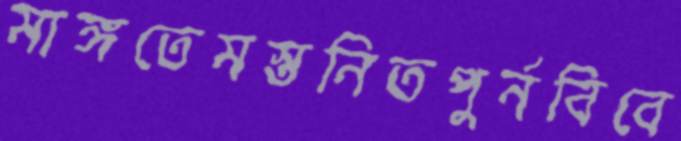
মাঙ্গতেমস্তনিতপুর্নবিবে